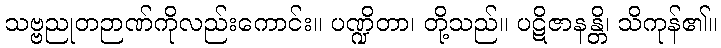
သဗ္ဗညုတဉာဏ်ကိုလည်းကောင်း။ ပဏ္ဍိတာ၊ တို့သည်။ ပဋိဇာနန္တိ၊ သိကုန်၏။